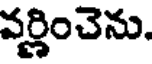
వర్ణించెను.